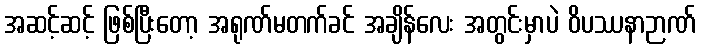
အဆင့်ဆင့် ဖြစ်ပြီးတော့ အရုဏ်မတက်ခင် အချိန်လေး အတွင်းမှာပဲ ဝိပဿနာဉာဏ်